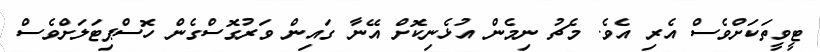
ޓީވީތަކަށްވެސް އެރި އެވެ. މެޗު ނިމެން އުޅެނިކޮށް އޭނާ ގައިން ވަރުގޮސްގެން ހޮސްޕިޓަލަށްވެސް